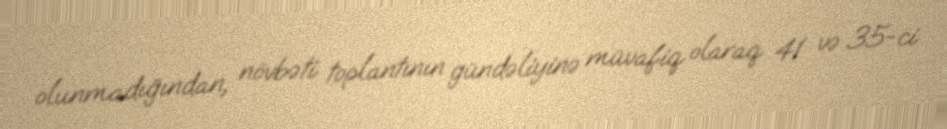
olunmadığından, növbəti toplantının gündəliyinə müvafiq olaraq 41 və 35-ci